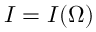
I = I ( \Omega )